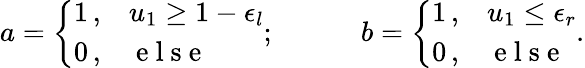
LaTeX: a=\left\{ \begin{array}{ll}{1\, ,}&{u_{1}\geq 1-\epsilon_{l}}\\ {0\, ,}&{\mathrm{~e~l~s~e~}}\end{array}\right.;\quad\quad\quad b=\left\{ \begin{array}{ll}{1\, ,}&{u_{1}\leq\epsilon_{r}}\\ {0\, ,}&{\mathrm{~e~l~s~e~}}\end{array}\right..